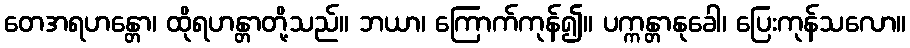
တေအရဟန္တော၊ ထိုရဟန္တာတို့သည်။ ဘယာ၊ ကြောက်ကုန်၍။ ပက္ကန္တာနုခေါ၊ ပြေးကုန်သလော။